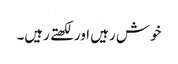
خوش رہیں اور لکھتے رہیں۔